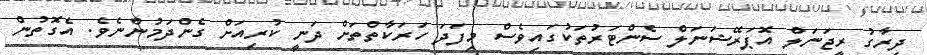
ދިރާގު ރީޖަނަލް އޮޕަރޭޝަނަލް ސެންޓަރުތަކުގައިވެސް މިފަދަ ހަރަކާތްތަށް ދަނީ ކުރިއަށް ގެންދަމުންނެވެ. އެގޮތުން